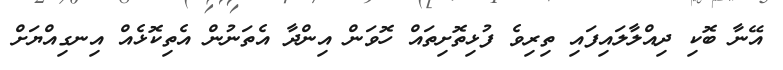
އޭނާ ބޮކި ދިއްލާލައިފައި ތިރިވެ ފުޅިތޮށިތައް ހޮވަން އިންދާ އެތަނުން އެތިކޮޅެއް އިނގިއްޔަށް